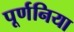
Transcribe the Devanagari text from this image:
पूर्णनिया